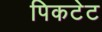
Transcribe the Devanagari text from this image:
पिकटेट